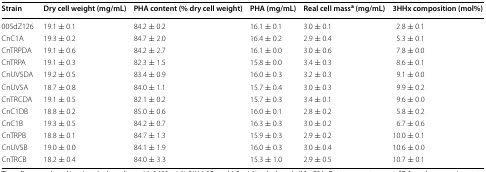
<table><thead><tr><td><b>Strain</b></td><td><b>Dry cell weight (mg/mL)</b></td><td><b>PHA content (% dry cell weight)</b></td><td><b>PHA (mg/mL)</b></td><td><b>Real cell mass<sup>a</sup> (mg/mL)</b></td><td><b>3HHx composition (mol%)</b></td></tr></thead><tbody><tr><td>005dZ126</td><td>19.1 ± 0.1</td><td>84.2 ± 0.2</td><td>16.1 ± 0.1</td><td>3.0 ± 0.1</td><td>2.8 ± 0.1</td></tr><tr><td>CnC1A</td><td>19.3 ± 0.2</td><td>84.7 ± 2.0</td><td>16.4 ± 0.2</td><td>2.9 ± 0.4</td><td>5.3 ± 0.1</td></tr><tr><td>CnTRPDA</td><td>19.1 ± 0.6</td><td>84.2 ± 2.7</td><td>16.1 ± 0.0</td><td>3.0 ± 0.6</td><td>7.8 ± 0.0</td></tr><tr><td>CnTRPA</td><td>19.1 ± 0.3</td><td>82.3 ± 1.5</td><td>15.8 ± 0.0</td><td>3.4 ± 0.3</td><td>8.6 ± 0.1</td></tr><tr><td>CnUV5DA</td><td>19.2 ± 0.5</td><td>83.4 ± 0.9</td><td>16.0 ± 0.3</td><td>3.2 ± 0.3</td><td>9.1 ± 0.0</td></tr><tr><td>CnUV5A</td><td>18.7 ± 0.8</td><td>84.0 ± 1.1</td><td>15.7 ± 0.4</td><td>3.0 ± 0.3</td><td>9.9 ± 0.2</td></tr><tr><td>CnTRCDA</td><td>19.1 ± 0.5</td><td>82.1 ± 0.2</td><td>15.7 ± 0.3</td><td>3.4 ± 0.1</td><td>9.6 ± 0.0</td></tr><tr><td>CnC1DB</td><td>18.8 ± 0.2</td><td>85.0 ± 0.6</td><td>16.0 ± 0.1</td><td>2.8 ± 0.2</td><td>5.8 ± 0.2</td></tr><tr><td>CnC1B</td><td>19.3 ± 0.5</td><td>84.2 ± 0.7</td><td>16.3 ± 0.3</td><td>3.0 ± 0.2</td><td>6.7 ± 0.6</td></tr><tr><td>CnTRPB</td><td>18.8 ± 0.1</td><td>84.7 ± 1.3</td><td>15.9 ± 0.3</td><td>2.9 ± 0.2</td><td>10.0 ± 0.1</td></tr><tr><td>CnUV5B</td><td>19.0 ± 0.0</td><td>84.1 ± 1.9</td><td>16.0 ± 0.3</td><td>3.0 ± 0.4</td><td>10.6 ± 0.0</td></tr><tr><td>CnTRCB</td><td>18.2 ± 0.4</td><td>84.0 ± 3.3</td><td>15.3 ± 1.0</td><td>2.9 ± 0.5</td><td>10.7 ± 0.1</td></tr></tbody></table>